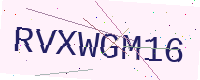
Text: RVXWGM16